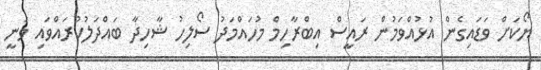
ޔޯކަށް ވަޑައިގެން އުޅުއްވަމުން ރައީސް އިބްރާހިމް މުހައްމަދު ސޯލިހު ޝާހިދާ ބައްދަލުކުރައްވައި ވަނީ